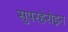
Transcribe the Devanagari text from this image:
सुपरहेरोइन